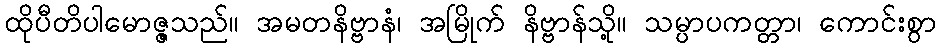
ထိုပီတိပါမောဇ္ဇသည်။ အမတနိဗ္ဗာနံ၊ အမြိုက် နိဗ္ဗာန်သို့။ သမ္ပာပကတ္တာ၊ ကောင်းစွာ